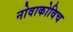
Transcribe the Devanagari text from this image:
नोवाकोविच